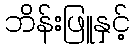
ဘိန်းဖြူနှင့်